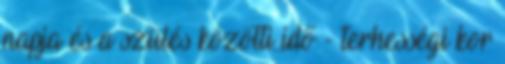
napja és a szülés közötti idő - terhességi kor